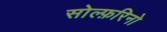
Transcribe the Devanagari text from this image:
सोल्फ़रिनो